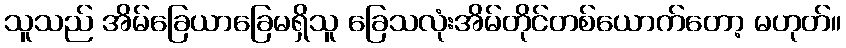
သူသည် အိမ်ခြေယာခြေမရှိသူ ခြေသလုံးအိမ်တိုင်တစ်ယောက်တော့ မဟုတ်။